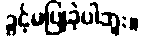
ခွင့်မပြုခဲ့ပါဘူး။